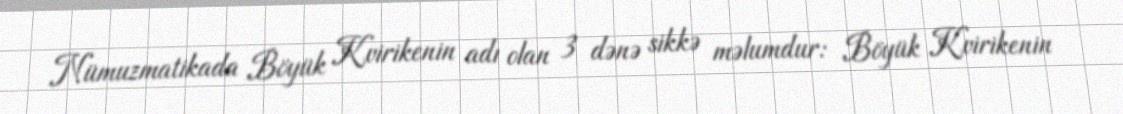
Nümuzmatikada Böyük Kvirikenin adı olan 3 dənə sikkə məlumdur: Böyük Kvirikenin